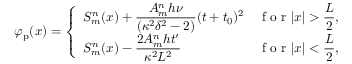
\varphi _ { \mathrm { p } } ( x ) = \left\{ \begin{array} { l l } { \displaystyle S _ { m } ^ { n } ( x ) + \frac { A _ { m } ^ { n } h \nu } { ( \kappa ^ { 2 } \delta ^ { 2 } - 2 ) } ( t + t _ { 0 } ) ^ { 2 } } & { \displaystyle \textrm { f o r } | x | > \frac { L } { 2 } , } \\ { \displaystyle S _ { m } ^ { n } ( x ) - \frac { 2 A _ { m } ^ { n } h t ^ { \prime } } { \kappa ^ { 2 } L ^ { 2 } } } & { \displaystyle \textrm { f o r } | x | < \frac { L } { 2 } , } \end{array} \right.